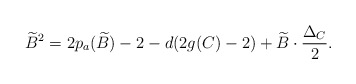
\begin{align*}\widetilde{B}^2=2p_a(\widetilde{B})-2-d(2g(C)-2)+\widetilde{B}\cdot \frac{\Delta_C}{2}.\end{align*}